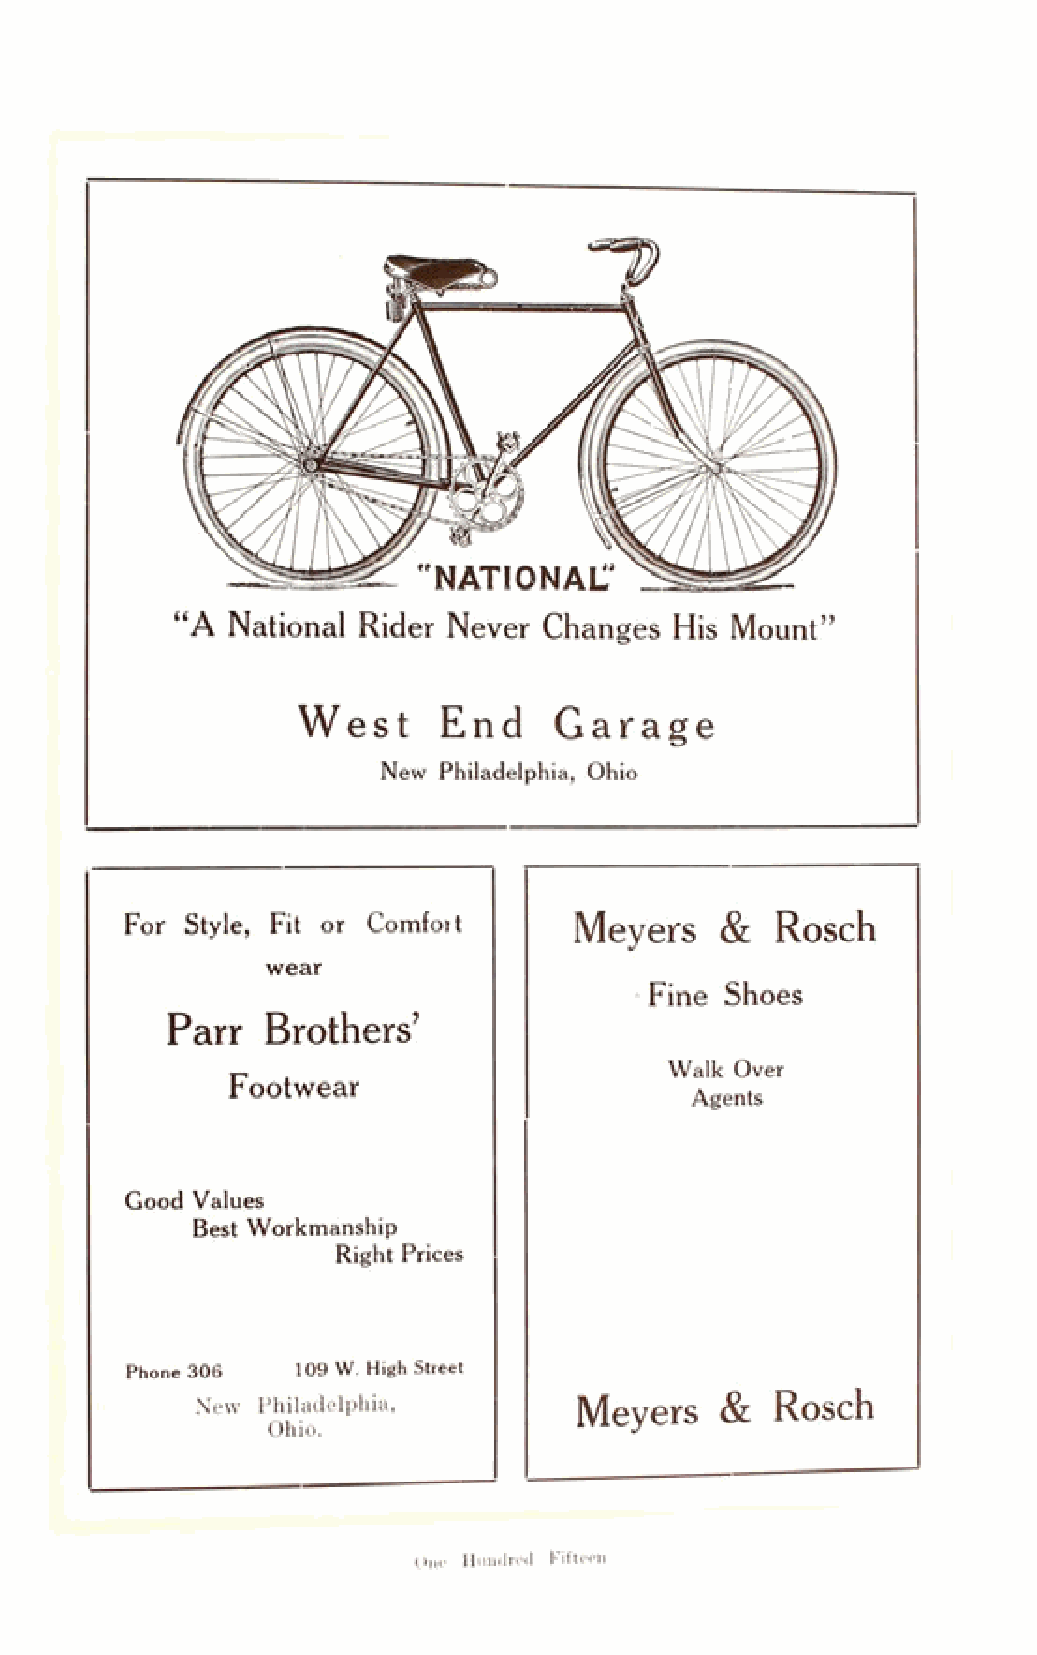
W  e s t End     G a r a g e
 New Philadelphia, Ohio
 For Style, Fit or Comfoit     Meyers    &  Rosch
 wear
 Fine Shoes
 Parr   Brothers’
 Walk Over
 Footwear
 Agents
 Good Values
 Best Workmanship
 Right Prices
 Phone 306   109 W. High Street
 New Philadelphia,        Meyers    &  Rosch
 Ohio.
 One Hundred Fifteen